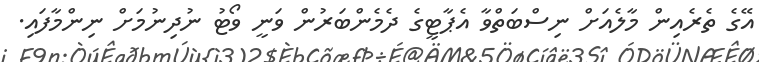
އޭގެ ތެރެއިން މާލެއަށް ނިސްބަތްވާ އެޕާޓީގެ ދެމެންބަރުން ވަނީ ވޯޓު ނުދިނުމަށް ނިންމާފައި.